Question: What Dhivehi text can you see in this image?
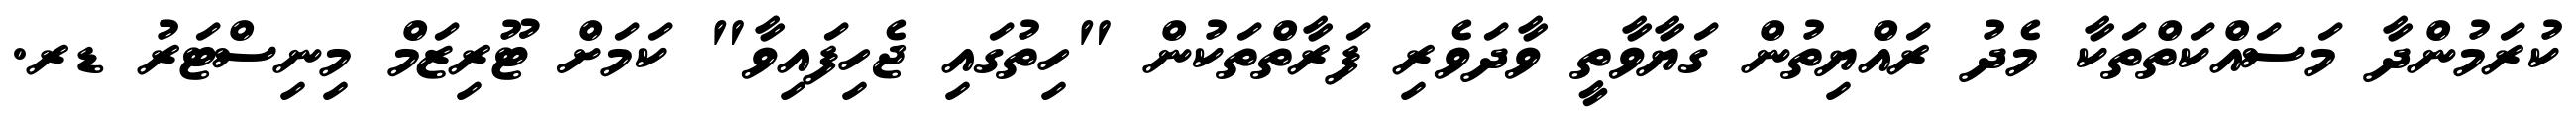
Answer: ކުރަމުންދާ މަސައްކަތްތަކާ މެދު ރައްޔިތުން ގަޔާވާތީ ވާދަވެރި ފަރާތްތަކުން "ހިތުގައި ޖެހިފައިވާ" ކަމަށް ޓޫރިޒަމް މިނިސްޓަރު ޑރ.